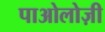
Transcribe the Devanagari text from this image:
पाओलोज़ी